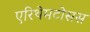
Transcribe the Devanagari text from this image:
एरिथेमटोसस